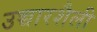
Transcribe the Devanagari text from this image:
उच्चारशैली